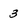
Character: 3